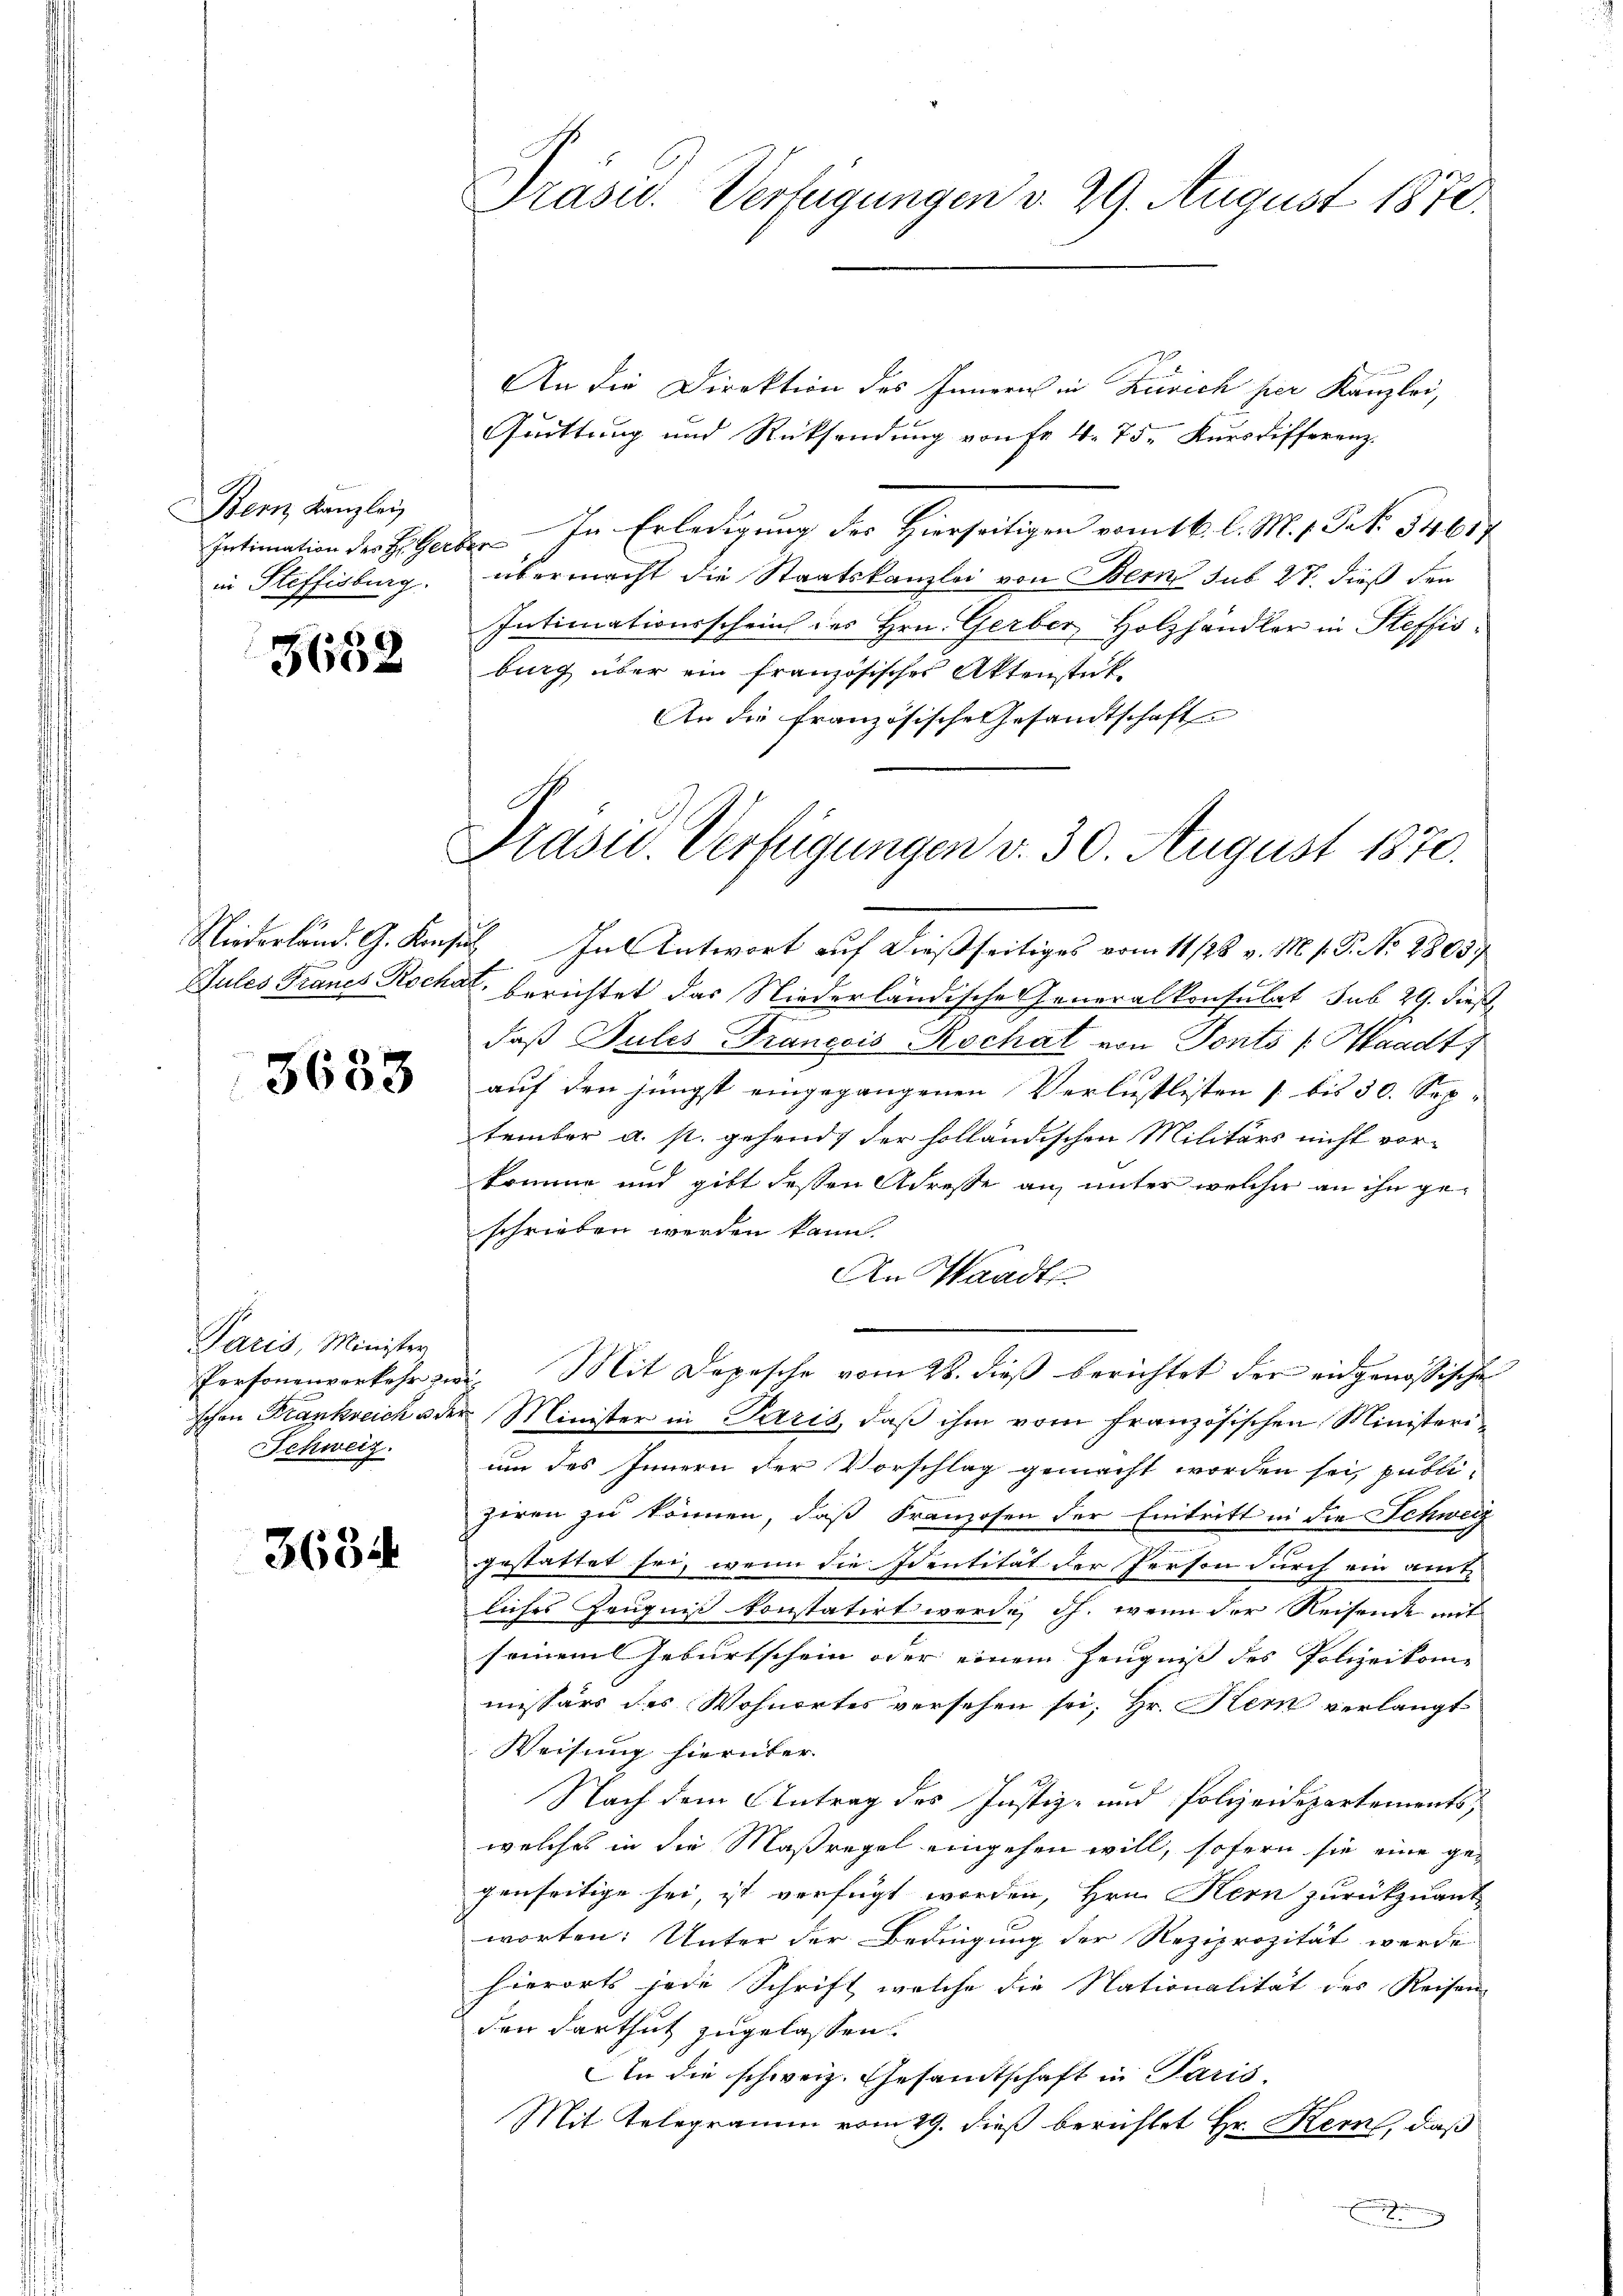
Bern Kanzlei
in Steffisburg.

3652

5633

Paris, Minister
Schweiz.

3684

Präsid. Verfügungen d. 29. August 1870.

Präsid. Verfügungen v. 30. August 1870.

An die Direktion des Innern in Zürich per Kanzlei,
Quittung und Rücksendung von Fr. 4. 75. Kursdifferenz-
Intimation der Zeiterber. In Erledigung des Hierseitigen vom 16. l. M. 1. Frk. 54617
übermacht die Staatskanzlei von Bern sub 27. dieß den
Intimationsscheint des Hrn. Gerber, Holzhändler in Steffisburg über ein französisches Aktenstück
An die französische Gesandtschaft

schen Frankreich oder Minister in Paris, daß ihm vom französischen Ministeri¬

Niederländ. G. Konsil. In Antwort auf dießseitiges vom 11/28. v. M. h. T. No 28037
Gules Francs Rochat, berichtet das Niederländische Generalkonsulat sub 29. dieß
daß Jules Francois Rochat von Ponto (Waadt,
auf den jüngst eingegangenen Verlustlisten [bis 30. Sep-
tember a. p. gehend der holländischen Militärs nicht vor-
krinne und gibt dessen Adresse an unter welcher an ihn geschrieben werden kann.
An Waadt
Personenverkehr zwei. Mit Depesche vom 28. dieß berichtet der eidgenössische
um des Innern der Vorschlag gemacht worden sei, publi-
ziren zu können, daß Franzosen der Eintritt in die Schweiz
gestattet sei, wenn die Identität der Person durch ein amte
liches Zeugnis konstatirt werde, dh. wenn der Reisende mit
seinem Geburtschein oder einem Zeugnis des Polizeikome
missärs des Wohnortes versehen sei. Hr. Kern verlangt
Weisung hierüber.
Nach dem Antrag des Justiz- und Polizeidepartements,
welches in die Maßregel eingehen will, sofern sie eine gegenseitige sei, ist verfügt worden, Hrn. Kern zurückzuant
worten. Unter der Bedingung der Reziprozität werde
hierorts jede Schrift, welche die Nationalität des Reisen
den darthut zugelassen.
An die schweiz. Gesandtschaft in Paris.
Mit Telegramm vom 29. dieß berichtet Hr. Kern, daß
g